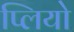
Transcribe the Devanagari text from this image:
प्लियो